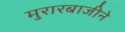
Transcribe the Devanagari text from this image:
मुरारबाजीने